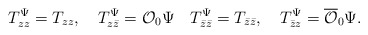
\begin{align*}T_{zz}^{\Psi}=T_{zz},\hspace{1em}T_{z\bar{z}}^{\Psi}={\cal O}_{0}\Psi\hspace{1em}T_{\bar{z}\bar{z}}^{\Psi}=T_{\bar{z}\bar{z}},\hspace{1em}T_{\bar{z} z}^{\Psi}=\overline{\cal O}_{0}\Psi .\end{align*}